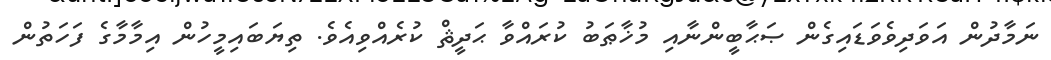
ނަމާދުން އަވަދިވެވަޑައިގެން ޞަޙާބީންނާއި މުޚާޠަބު ކުރައްވާ ޙަދީޘް ކުރެއްވިއެވެ. ތިޔަބައިމީހުން އިމާމާގެ ފަހަތުން